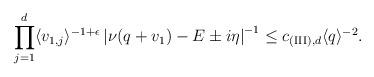
LaTeX: \begin{align*} & \prod_{j=1}^d \langle v_{1,j} \rangle^{-1+\epsilon} \left| \nu( q + v_1) - E \pm i \eta \right|^{-1} \leq c_{{\rm (III)},d} \langle q \rangle^{-2} . \end{align*}